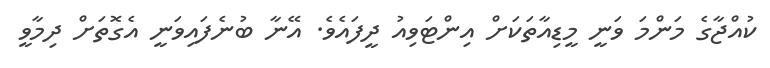
ކުއްޖާގެ މަންމަ ވަނީ މީޑިއާތަކަށް އިންޓަވިއު ދީފައެވެ. އޭނާ ބުނެފައިވަނީ އެގޮތަށް ދިމާވީ